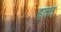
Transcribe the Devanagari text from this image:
इक्व